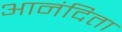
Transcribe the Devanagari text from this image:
आनंदिता